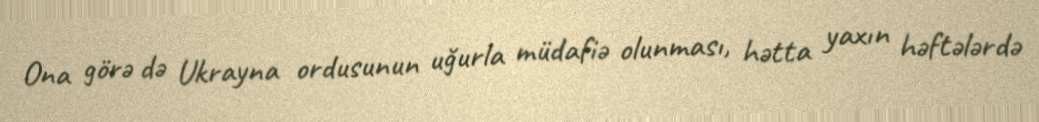
Ona görə də Ukrayna ordusunun uğurla müdafiə olunması, hətta yaxın həftələrdə